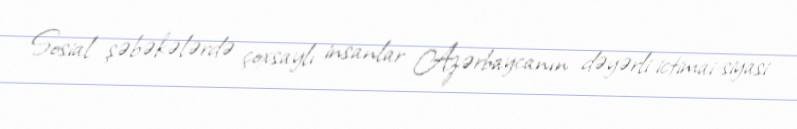
Sosial şəbəkələrdə çoxsaylı insanlar Azərbaycanın dəyərli ictimai-siyasi